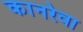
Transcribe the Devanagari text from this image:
कानरेवा